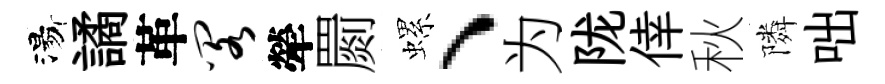
湯譎革阁犖罽螺、为陇倖秋隣咄